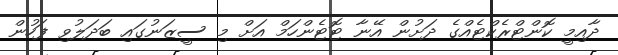
ދާއިމީ ކޮންޓްރެކްޓެއްގެ ދަށުން އޭނާ ޓޮޓެންހަމް އަށް މި ސީޒަނުގައި ބަދަލުވި ފަހުން